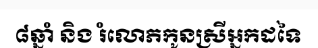
៨ឆ្នាំ និង រំលោភកូនស្រីអ្នកដទៃ